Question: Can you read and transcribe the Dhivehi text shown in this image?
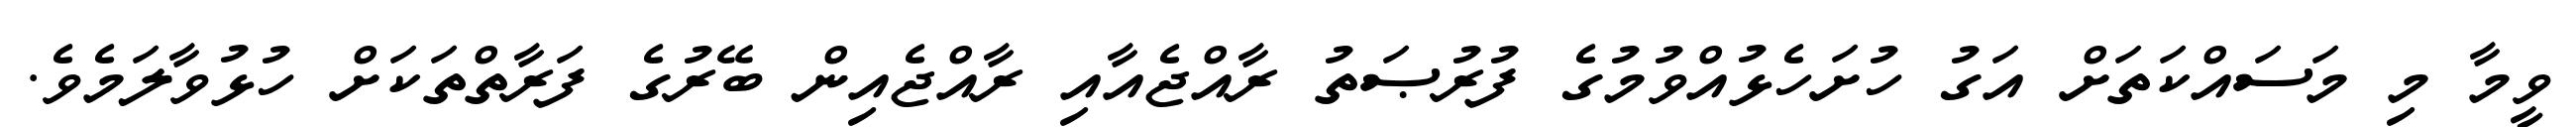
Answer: ވީމާ މި މަސައްކަތަށް އަގު ހުށަހެޅުއްވުމުގެ ފުރުޞަތު ރާއްޖެއާއި ރާއްޖެއިން ބޭރުގެ ފަރާތްތަކަށް ހުޅުވާލަމެވެ.